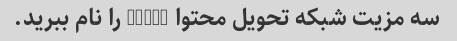
سه مزیت شبکه تحویل محتوا (CDN) را نام ببرید.